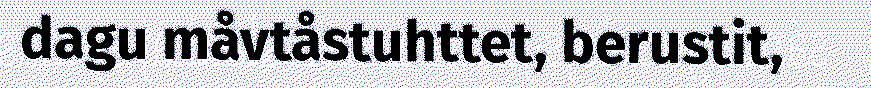
dagu måvtåstuhttet, berustit,